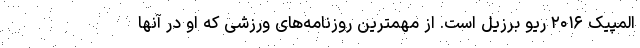
المپیک ۲۰۱۶ ریو برزیل است. از مهمترین روزنامه‌های ورزشی که او در آنها